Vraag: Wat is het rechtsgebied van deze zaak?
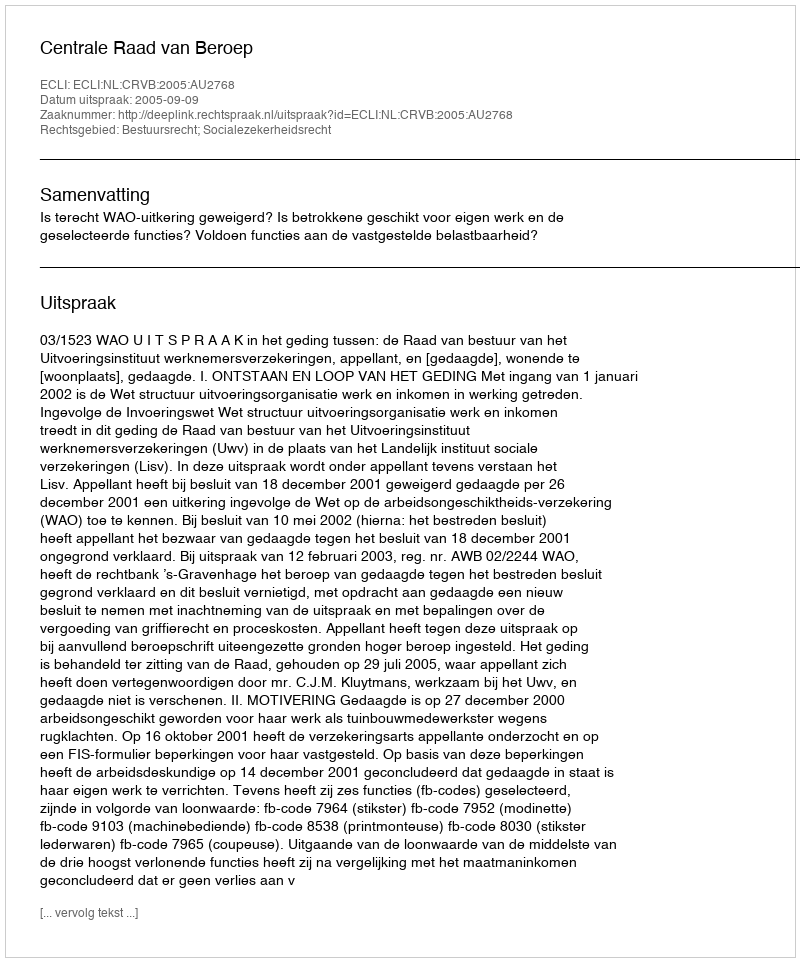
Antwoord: Bestuursrecht; Socialezekerheidsrecht